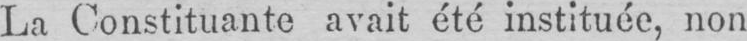
La Constituante avait été instituée, non